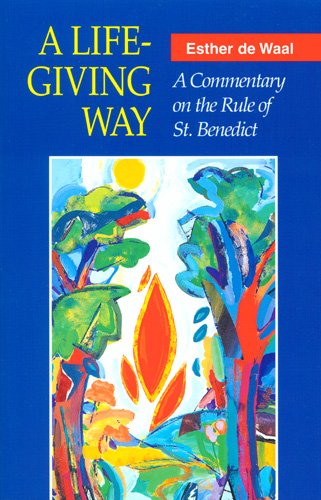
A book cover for A Life-Giving Way: A Commentary on the Rule of St. Benedict; Esther de Waal; Christian Books & Bibles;